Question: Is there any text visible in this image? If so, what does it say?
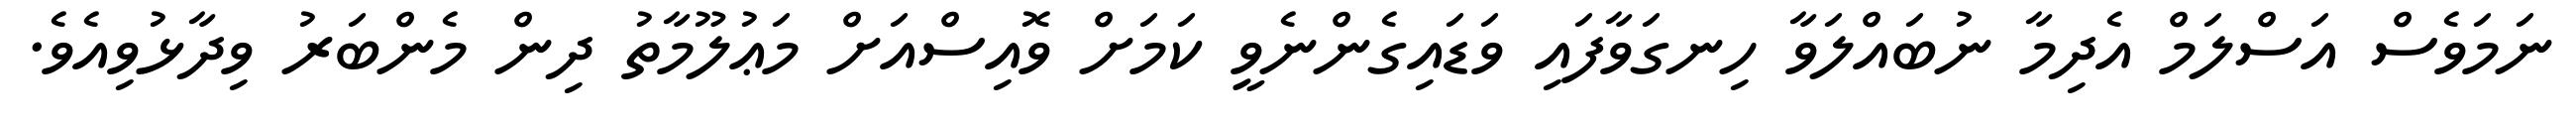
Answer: ނަމަވެސް އަސްލަމް އެދިމާ ނުބައްލަވާ ހިނގަވާފައި ވަޑައިގެންނެވީ ކަމަށް ވޮއިސްއަށް މަޢުލޫމާތު ދިން މެންބަރު ވިދާޅުވިއެވެ.